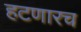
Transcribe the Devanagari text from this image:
हटणारच